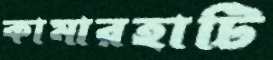
কামারহাটি